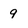
Character: 9